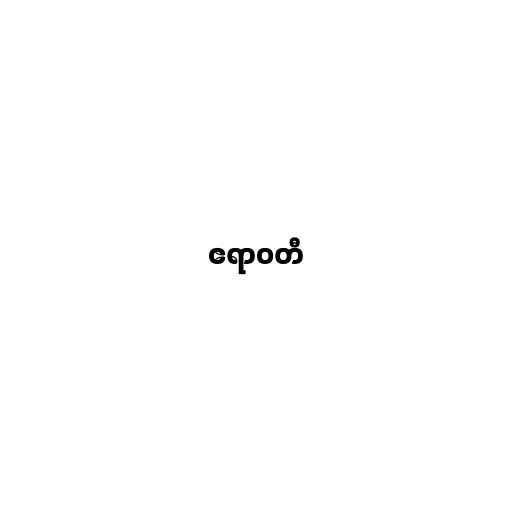
ဧရာဝတီ